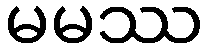
မမဿ